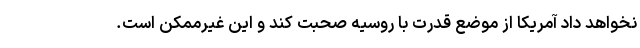
نخواهد داد آمریکا از موضع قدرت با روسیه صحبت کند و این غیرممکن است.